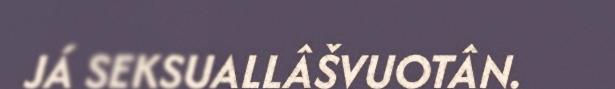
JÁ SEKSUALLÂŠVUOTÂN.